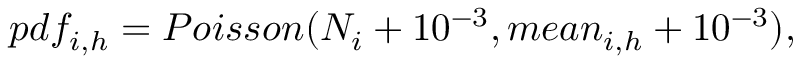
p d f _ { i , h } = P o i s s o n ( N _ { i } + 1 0 ^ { - 3 } , m e a n _ { i , h } + 1 0 ^ { - 3 } ) ,